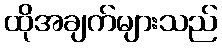
ထိုအချက်များသည်